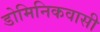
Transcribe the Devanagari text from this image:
डोमिनिकवासी